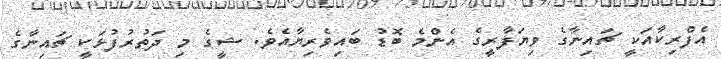
އެފްރިކާއަކީ ޗައިނާގެ ވިޔަފާރީގެ އެންމެ ބޮޑު ބައިވެރިޔާއެވެ. ޝީގެ މި ދަތުރުފުޅަކީ ޗައިނާގެ